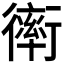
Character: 𧗿